Mental hospitals Bombay report 1929-33 - 1929-1933
Year: 1929
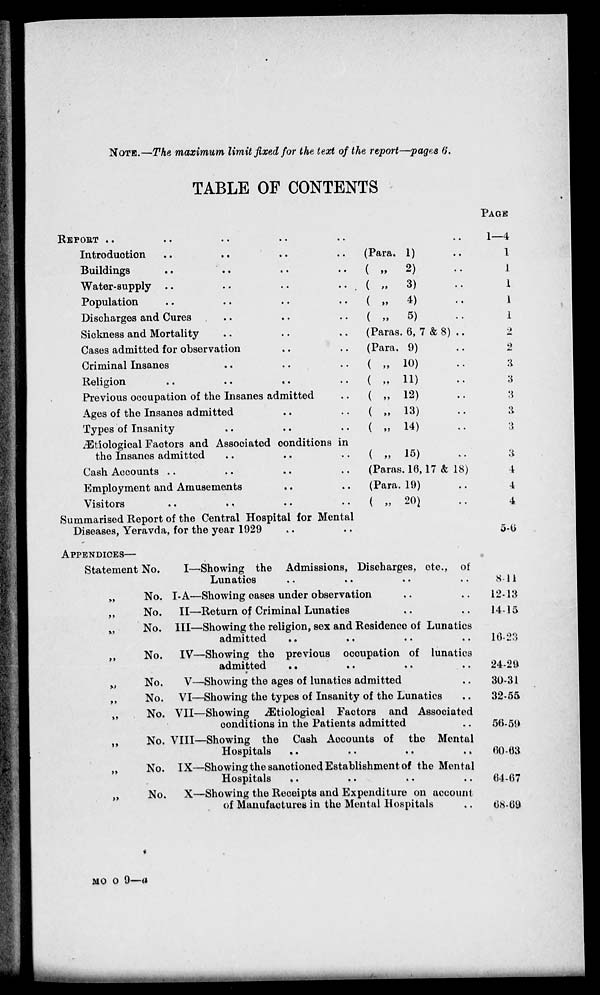
NOTE.—The maximum limit fixed for the text of the report—pages 6.
TABLE OF CONTENTS
REPROT .. .. .. .. ..
Introduction
..
..
..
..
..
Buildings
..
..
..
Water-supply
..
..
..
..
..
Population .. .. .. .. ..
Discharges and Cures .. .. .. .. ..
Sickness and Mortality
..
..
..
Cases admitted for observation .. .. .. .. ..
Criminal Insanes .. .. .. .. ..
Religion
..
..
..
..
..
Previous occupation of the Insanes admitted ..
Ages of the Insanes admitted .. ..
Types of Insanity .. .. ..
Ætiological Factors and Associated conditions in
the Insanes admitted .. .. ..
Cash Accounts .. .. .. ..
Employment and Amusements .. ..
Visitors .. .. .. .. ..
Summarised Report of the Central Hospital for Mental
Diseases, Yeravda, for the year 1929 .. ..
..
Para. 1) ..
( „ 2) ..
( „
3) ..
( „ 4) ..
( „ 5) ..
[Paras. 6, 7 & 8) ..
(Para. 9) ..
( „ 10) ..
( „ 11) ..
( „ 12) ..
( „ 13) ..
( „ 14) ..
( „ 15) ..
(Paras. 16,17 & 18)
(Para. 19) ..
( „ 20) ..
PAGE
1—4
1
1
1
1
1
2
2
3
3
3
3
3
3
4
4
4
5-6
APPENDICES—
Statement No.
I—
No. I-A—
No.
II—
No. III—
No.
IV-
No.
V—
No. VI—
No. VII-
No. VIII-
No. IX—
„
No. X—
Showing the Admissions, Discharges, etc., of
Lunatics .. .. .. ..
Showing cases under observation .. ..
Return of Criminal Lunatics .. ..
Showing the religion, sex and Residence of Lunatics
admitted
..
.. .. ..
Showing the previous occupation of lunatics
admitted .. .. .. ..
Showing the ages of lunatics admitted ..
Showing the types of Insanity of the Lunatics ..
Showing Ætiological Factors and Associated
conditions in the Patients admitted ..
Showing the Cash Accounts of the Mental
Hospitals .. .. .. ..
Showing the sanctioned Establishment of the Mental
Hospitals .. .. .. ..
Showing the Receipts and Expenditure on account
of Manufactures in the Mental Hospitals ..
8-11
12-13
14-15
16-23
24-29
30-31
32-55
56-59
60-63
64-67
68-69
MO O 9—a